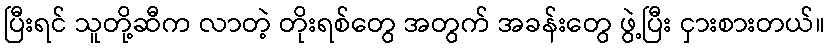
ပြီးရင် သူတို့ဆီက လာတဲ့ တိုးရစ်တွေ အတွက် အခန်းတွေ ဖွဲ့ပြီး ငှားစားတယ်။